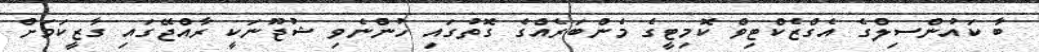
ބާ ކައުންސިލްގެ އެގްޒެކްޓިވް ކޮމިޓީގެ މެންބަރެއްގެ ގޮތުގައި ހުންނެވި ޝުޖޫނަކީ ރާއްޖޭގައި ގާޒީކަމަށް